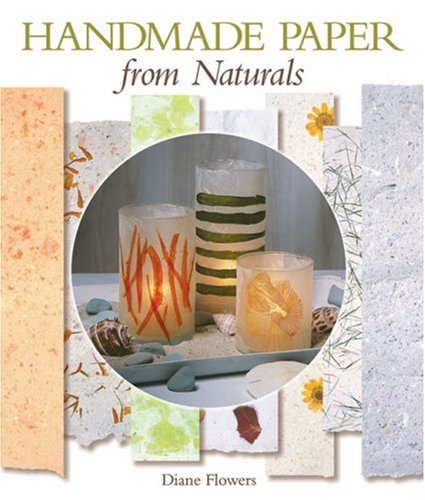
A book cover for Handmade Paper from Naturals; Diane Flowers; Crafts, Hobbies & Home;